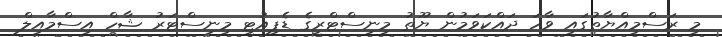
މި ރަސްމިއްޔާތުގައި ވާހަ ދައްކަވަމުން ޔޫތު މިނިސްޓްރީގެ ޑެޕިއުޓީ މިނިސްޓަރު ޝާހް އިސްމާއިލް